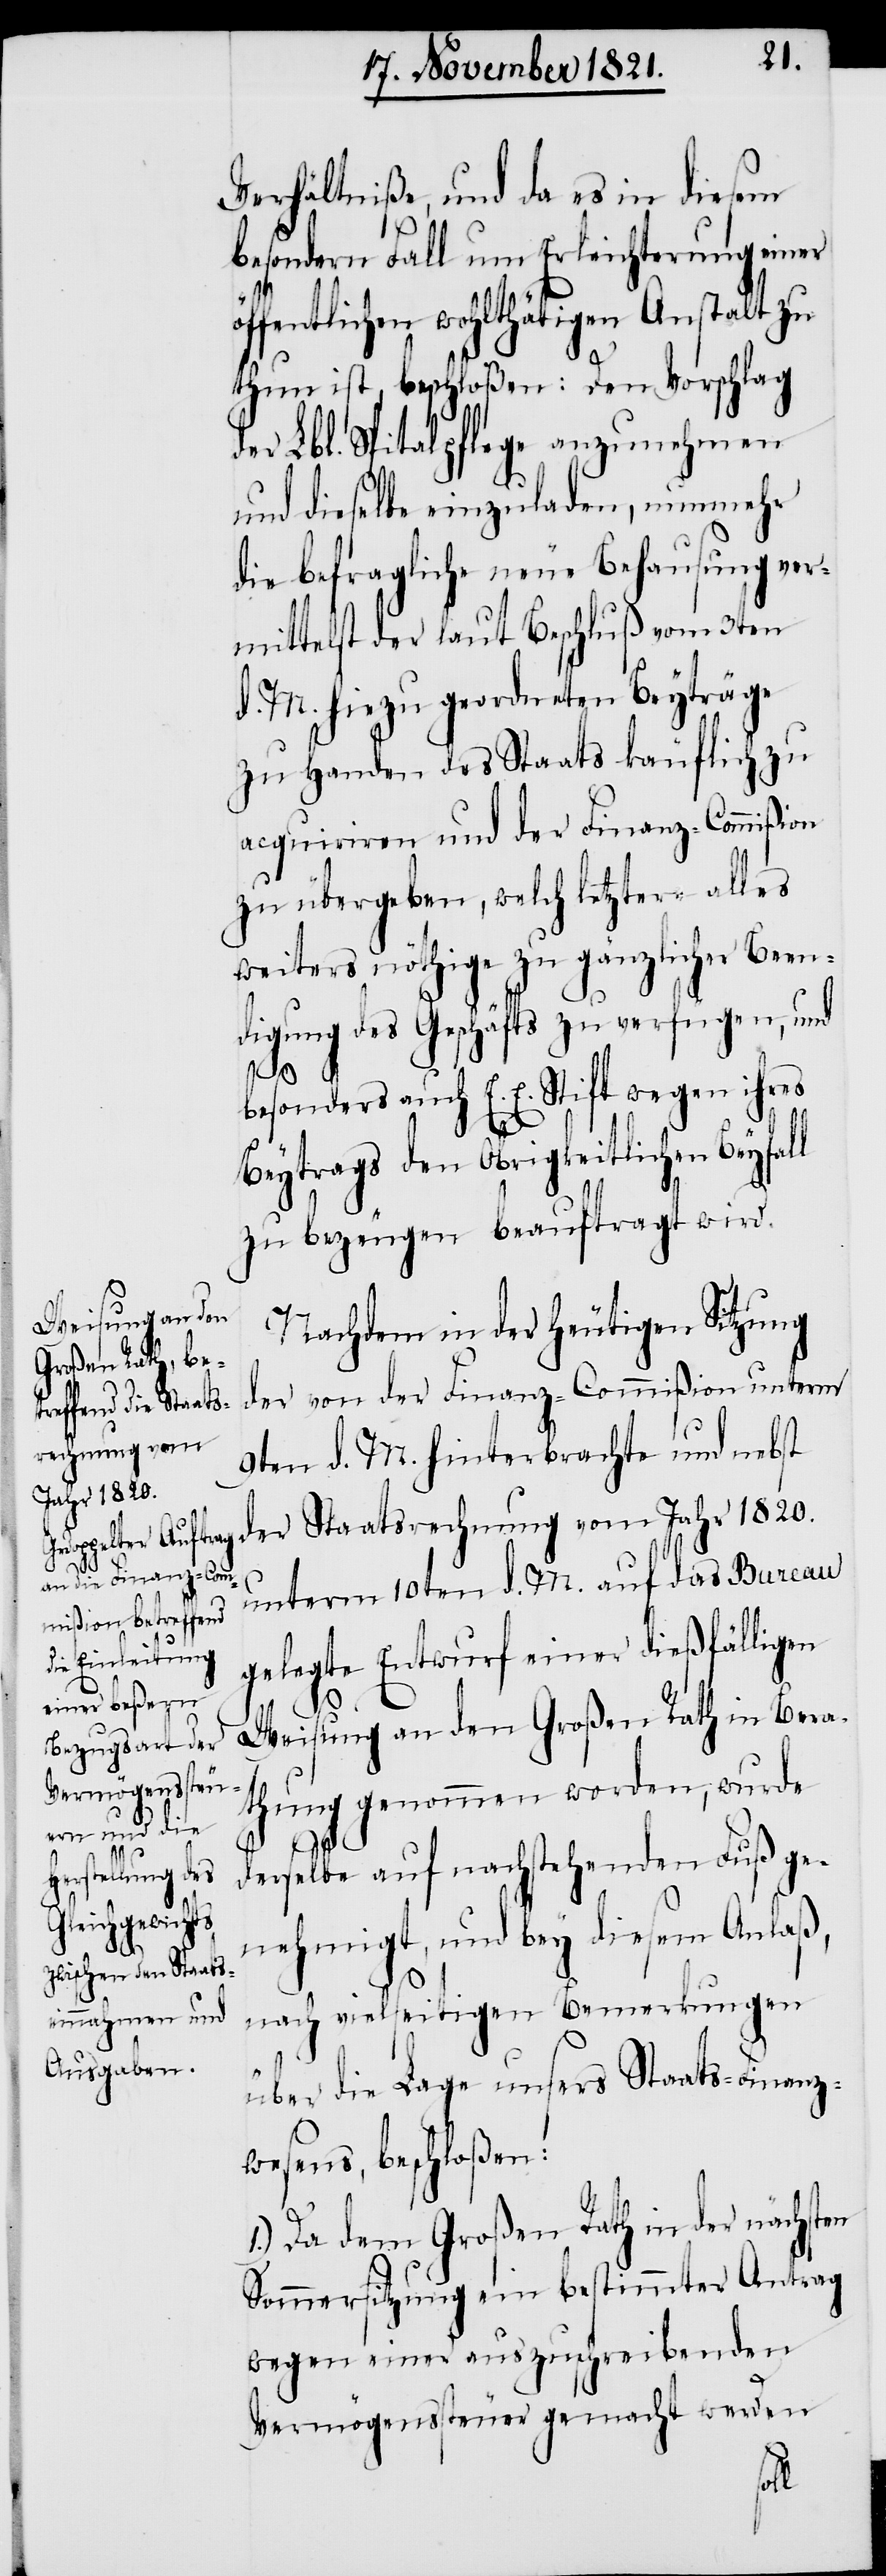
Verhältniße, und da es in diesem
besondern Fall um Erleichterung einer
öffentlichen wohlthätigen Anstalt zu
thun ist, beschloßen: Den Vorschlag
er Lbl. Spitalpflege anzunehmen
und dieselbe einzuladen, nunmehr
die befragliche neue Behausung ver¬
mittelst der laut Beschluß vom 3ten
d. M. hiezu geordneten Beyträge
zu Handen des Staats käuflich zu
acquiriren und der Finanz-Commißion
zu übergeben, welch letztere alles
weiters nöthige zu gänzlicher Been¬
digung des Geschäfts zu verfügen, und
besonders auch E. E. Stift wegen ihres
Beytrags den Obrigkeitlichen Beyfall
zu bezeugen beauftragt wird.
Nachdem in der heutigen Sitzung
der von der Finanz-Commißion unterm
rechnung vom
9ten d. M. hinterbrachte und nebst
Jahr 1820.
unterm 10ten d. M. auf das Bureau
gelegte Entwurf einer dießfälligen
Weisung an den Großen Rath in Bera¬
thung genommen worden, wurde
derselbe auf nachstehenden Fuß ge¬
nehmigt, und bey diesem Anlaß,
nach vielseitigen Bemerkungen
über die Lage unsers Staats-Finanz¬
wesens, beschloßen:
1.) Da dem Großen Rath in der nächsten
Sommersitzung ein bestimmter Antrag
wegen einer auszuschreibenden
Vermögenssteuer gemacht werden
ats¬